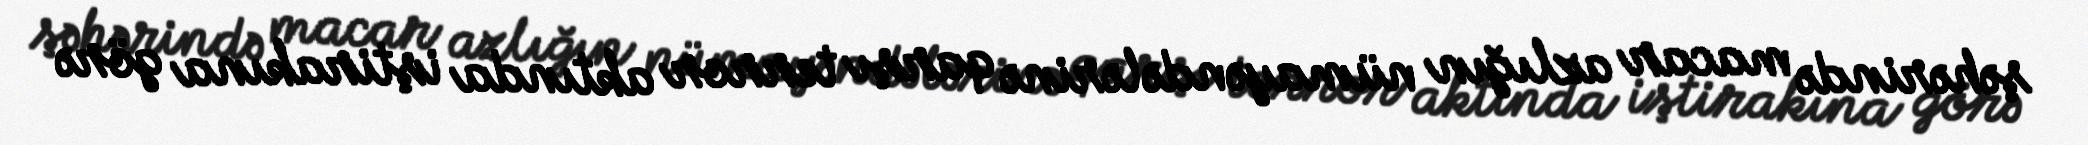
şəhərində macar azlığın nümayəndələrinə qarşı terror aktında iştirakına görə